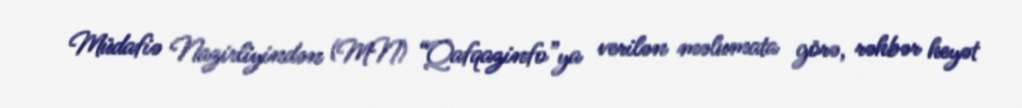
Müdafiə Nazirliyindən (MN) “Qafqazinfo”ya verilən məlumata görə, rəhbər heyət